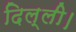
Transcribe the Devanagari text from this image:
दिल्‍ली।